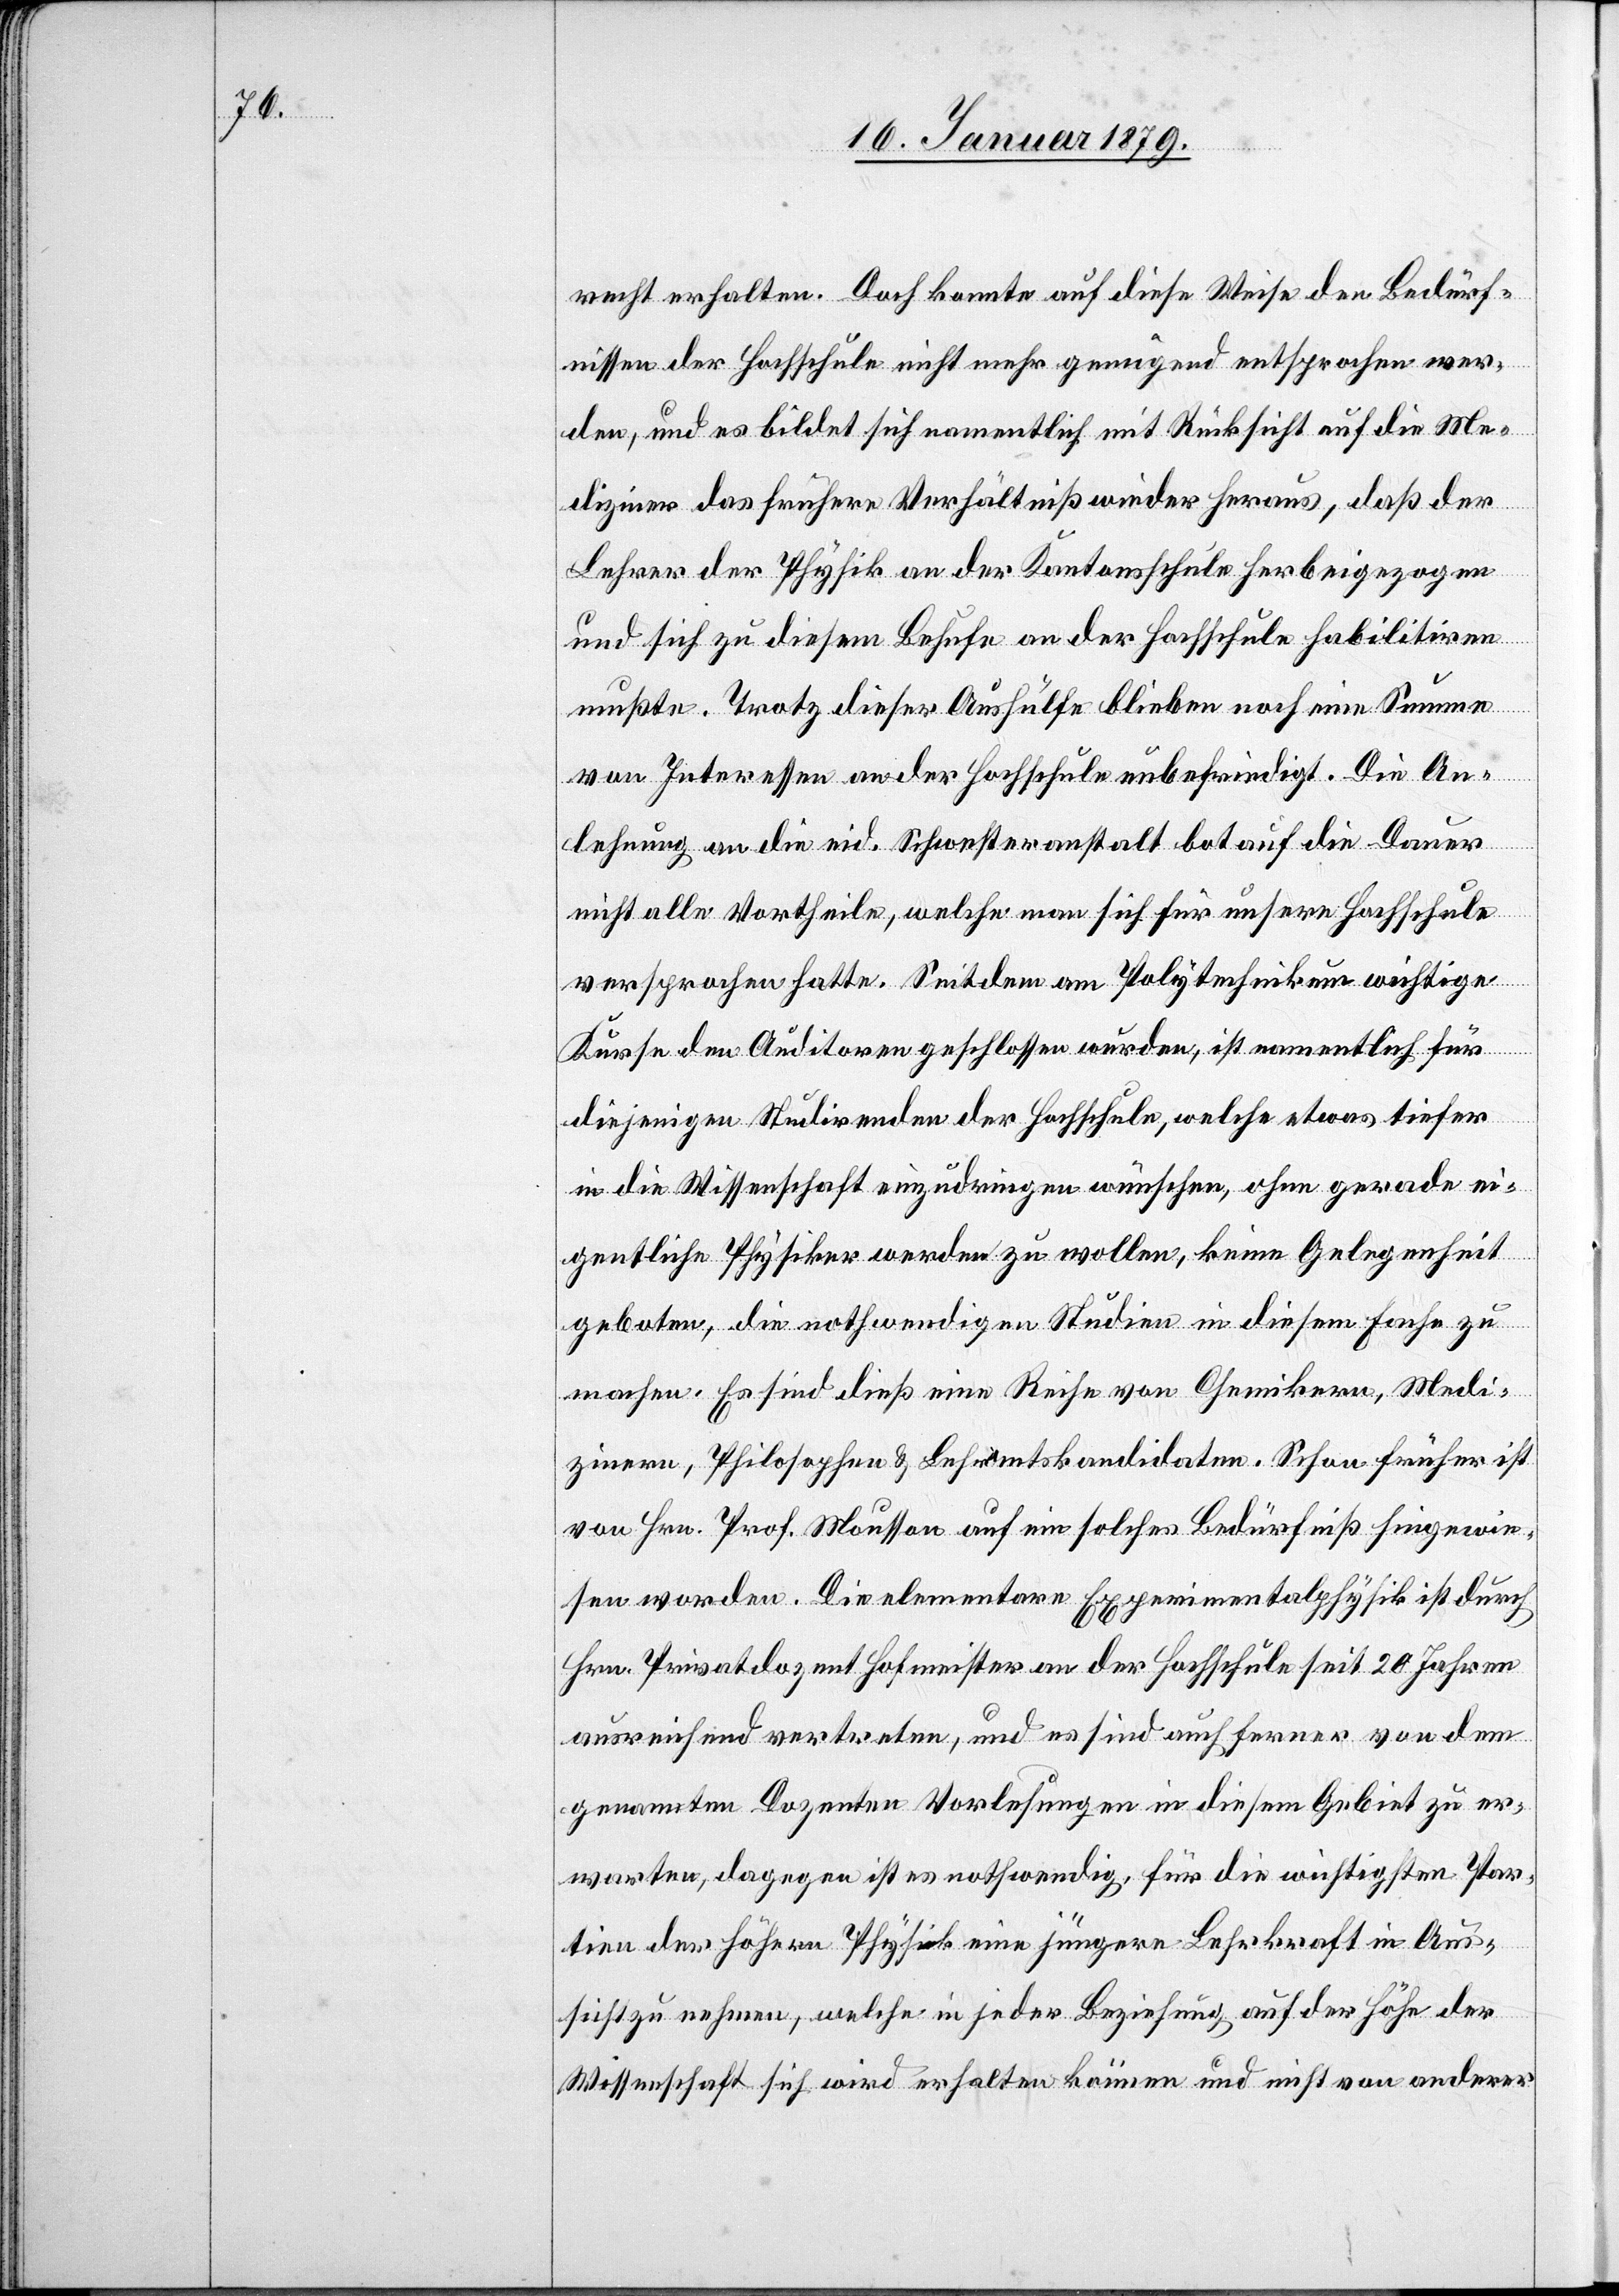
recht erhalten. Doch konnte auf diese Weise den Bedürf¬
nissen der Hochschule nicht mehr genügend entsprochen wer¬
den, und es bildet sich namentlich mit Rücksicht auf die Me¬
diziner das frühere Verhältniß wieder heraus, daß der
Lehrer der Physik an der Kantonsschule herbeigezogen
und sich zu diesem Behufe an der Hochschule habilitiren
mußte. Trotz dieser Aushülfe blieben noch eine Summe
von Interessen an der Hochschule unbefriedigt. Die An¬
lehnung an die eid. Schwesteranstalt bot auf die Dauer
nicht alle Vortheile, welche man sich für unsere Hochschule
versprochen hatte. Seitdem am Polytechnikum wichtige
Kurse den Auditoren geschlossen wurden, ist namentlich für
diejenigen Studirenden der Hochschule, welche etwas tiefer
in die Wissenschaft einzudringen wünschen, ohne gerade ei¬
gentliche Physiker werden zu wollen, keine Gelegenheit
geboten, die nothwendigen Studien in diesem Fache zu
machen. Es sind dieß eine Reihe von Chemikern, Medi¬
zinern, Philosophen & Lehramtskandidaten. Schon früher ist
von Hrn. Prof. Mousson auf ein solches Bedürfniß hingewie¬
sen worden. Die elementare Experimentalphysik ist durch
Hrn. Privatdozent Hofmeister an der Hochschule seit 20 Jahren
ausreichend vertreten, und es sind auch ferner von dem
genannten Dozenten Vorlesungen in diesem Gebiet zu er¬
warten, dagegen ist es nothwendig, für die wichtigsten Par¬
tien der höhern Physik eine jüngere Lehrkraft in Aus¬
sicht zu nehmen, welche in jeder Beziehung auf der Höhe der
Wissenschaft sich wird erhalten können und nicht von anderer